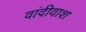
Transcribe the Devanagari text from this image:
वांदीवाश